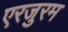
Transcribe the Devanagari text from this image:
एरजुरम